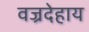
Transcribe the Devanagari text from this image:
वज्रदेहाय